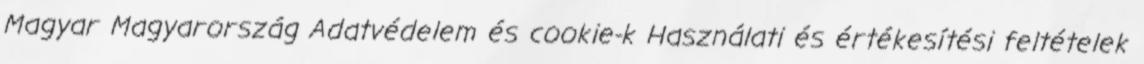
Magyar Magyarország Adatvédelem és cookie-k Használati és értékesítési feltételek